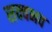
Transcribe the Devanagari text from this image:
सक्वभव